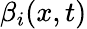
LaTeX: \beta_{i}(x,t)